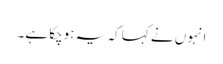
انہوں نے کہا کہ یہ ہوچکا ہے۔